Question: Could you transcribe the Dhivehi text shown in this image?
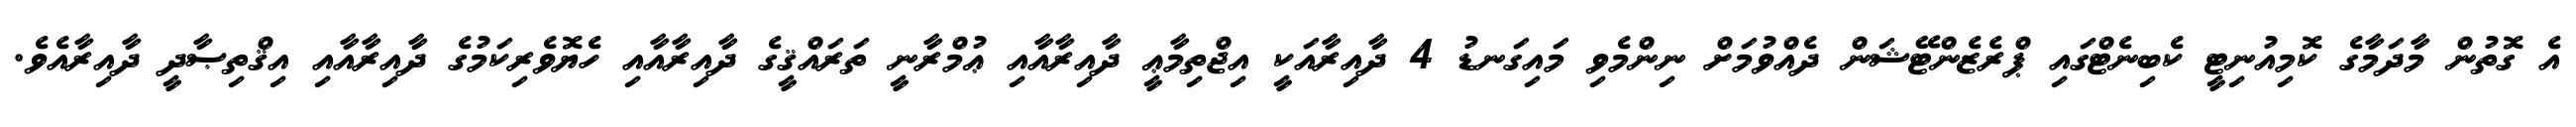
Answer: އެ ގޮތުން މާދަމާގެ ކޮމިއުނިޓީ ކެބިނެޓްގައި ޕްރެޒެންޓޭޝަން ދެއްވުމަށް ނިންމެވި މައިގަނޑު 4 ދާއިރާއަކީ އިޖްތިމާޢީ ދާއިރާއާއި ޢުމްރާނީ ތަރައްޤީގެ ދާއިރާއާއި ހެޔޮވެރިކަމުގެ ދާއިރާއާއި އިޤްތިޞާދީ ދާއިރާއެވެ.